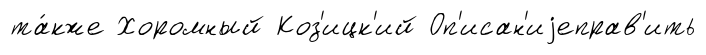
та́кже Хоромный Коз'ицк'ий Оп'исан'иjеправ'ить